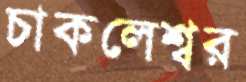
চাকলেশ্বর